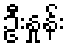
ဦးနှုန်း